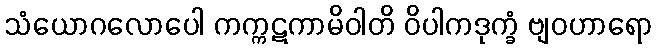
သံယောဂလောပေါ ကက္ကဋကာမိဝါတိ ဝိပါကဒုက္ခံ ဗျဝဟာရော